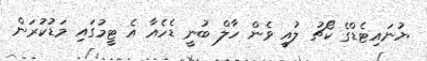
ޔުނައިޓެޑްގެ ކޯޗު ލުއީ ވެން ހާލް ބުނީ ޑެހެއާ އެ ޓީމުގައި މަޑުކުރަން